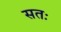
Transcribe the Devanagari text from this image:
सतः